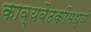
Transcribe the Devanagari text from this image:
काव्यबैठकींमध्ये